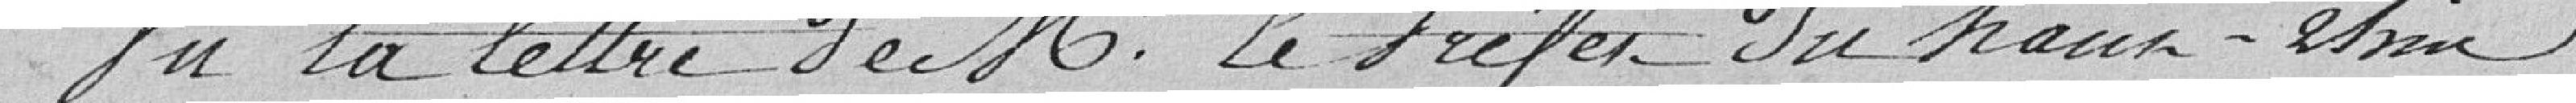
Vu la lettre de Mr le Préfet du haut-rhin